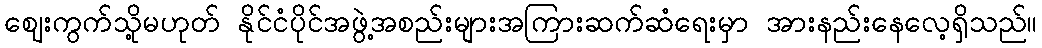
ဈေးကွက်သို့မဟုတ် နိုင်ငံပိုင်အဖွဲ့အစည်းများအကြားဆက်ဆံရေးမှာ အားနည်းနေလေ့ရှိသည်။